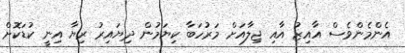
އެންމެންވެސް އާއިޒު އާއި ޖިލާއަށް މަރުހަބާ ކިޔަމުން ދިޔައިރު ރިޔާ އިނީ ކުޑަކޮށް